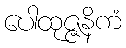
ပေါထုဇ္ဇနိကံ